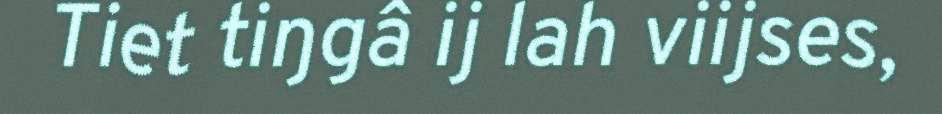
Tiet tiŋgâ ij lah viijses,